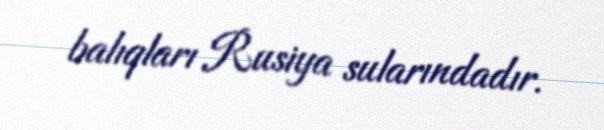
balıqları Rusiya sularındadır.